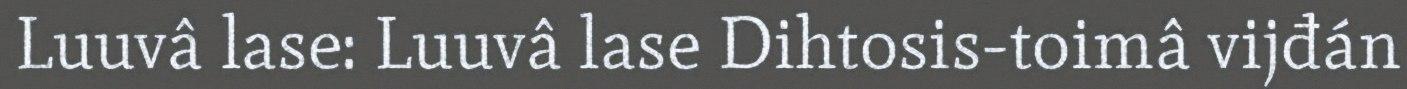
Luuvâ lase: Luuvâ lase Dihtosis-toimâ vijđán